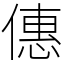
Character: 僡